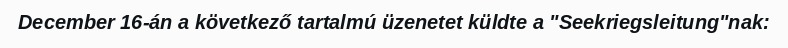
December 16-án a következő tartalmú üzenetet küldte a "Seekriegsleitung"nak: